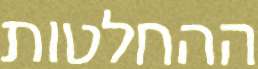
ההחלטות